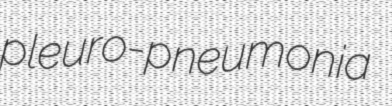
pleuro-pneumonia